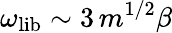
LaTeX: \omega_{\mathrm{lib}}\sim 3\, m^{1/2}\beta